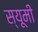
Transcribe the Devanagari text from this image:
स्यूमी